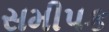
સમીપક